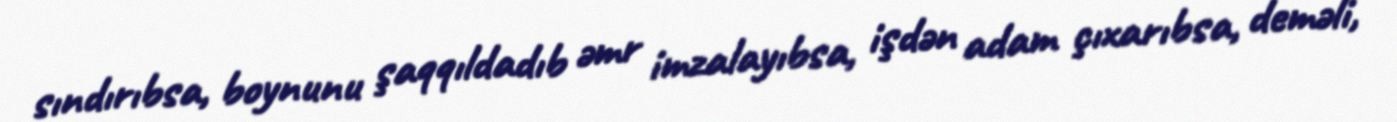
sındırıbsa, boynunu şaqqıldadıb əmr imzalayıbsa, işdən adam çıxarıbsa, deməli,